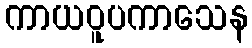
ကာယဝူပကာသေန